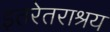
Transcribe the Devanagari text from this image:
इतरेतराश्रय